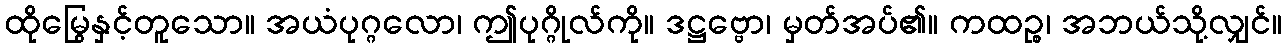
ထိုမြွေနှင့်တူသော။ အယံပုဂ္ဂလော၊ ဤပုဂ္ဂိုလ်ကို။ ဒဋ္ဌဗ္ဗော၊ မှတ်အပ်၏။ ကထဉ္စ၊ အဘယ်သို့လျှင်။